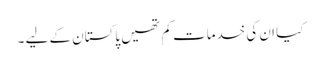
کیا ان کی خدمات کم تھیں پاکستان کے لیے ۔